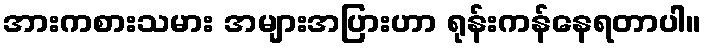
အားကစားသမား အများအပြားဟာ ရုန်းကန်နေရတာပါ။